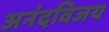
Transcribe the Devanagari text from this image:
अनंदविजय